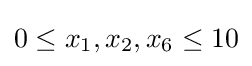
0\leq x_{1},x_{2},x_{6}\leq 10